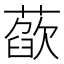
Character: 𦻁